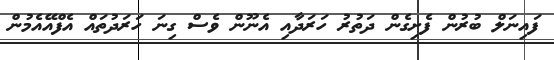
ފައިނަލް ބުރުން ފެށިގެން ދަތުރު ހަރަދާއި އެނޫން ވެސް ގިނަ ހަރަދުތައް އެފްއޭއެމުން